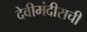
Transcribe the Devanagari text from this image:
देवीमंदीराची